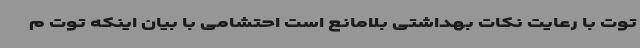
توت با رعایت نکات بهداشتی بلامانع است احتشامی با بیان اینکه توت م